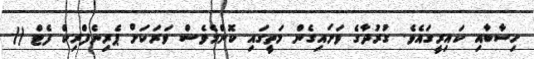
ހިސާބާއި ކައިރީގައެވެ. ގުރުދާގެ ވަށައިގެން މަތީގައި ކޮންމެވެސް ވަރަކަށް ޕެރިނެފްރިކް ފެޓް ()